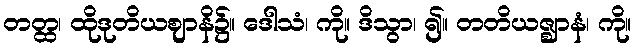
တတ္ထ၊ ထိုဒုတိယဈာနိ၌။ ဒေါသံ၊ ကို။ ဒိသွာ၊ ၍။ တတိယဇ္ဈာနံ၊ ကို။